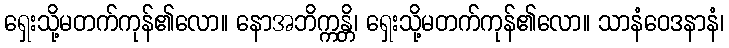
ရှေးသို့မတက်ကုန်၏လော။ နောအဘိက္ကန္တိ၊ ရှေးသို့မတက်ကုန်၏လော။ သာနံဝေဒနာနံ၊